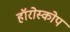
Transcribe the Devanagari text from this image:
हॉरोस्कोप